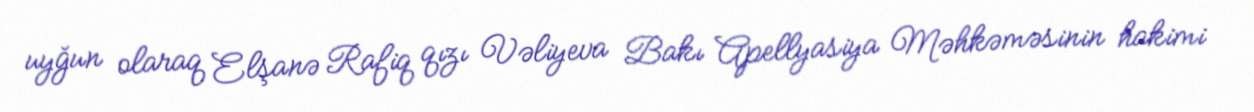
uyğun olaraq Elşanə Rafiq qızı Vəliyeva Bakı Apellyasiya Məhkəməsinin hakimi